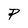
Character: P